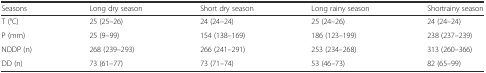
<table><thead><tr><td><b>Seasons</b></td><td><b>Long dry season</b></td><td><b>Short dry season</b></td><td><b>Long rainy season</b></td><td><b>Shortrainy season</b></td></tr></thead><tbody><tr><td>T (°C)</td><td>25 (25–26)</td><td>24 (24–24)</td><td>25 (24–26)</td><td>24 (24–24)</td></tr><tr><td>P (mm)</td><td>25 (9–99)</td><td>154 (138–169)</td><td>186 (123–199)</td><td>238 (237–239)</td></tr><tr><td>NDDP (n)</td><td>268 (239–293)</td><td>266 (241–291)</td><td>253 (234–268)</td><td>313 (260–366)</td></tr><tr><td>DD (n)</td><td>73 (61–77)</td><td>73 (71–74)</td><td>53 (46–73)</td><td>82 (65–99)</td></tr></tbody></table>